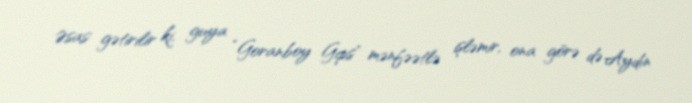
Əsas gətirilir ki, guya “Goranboy Gips” mənfəətlə işləmir, ona görə də Aydın